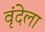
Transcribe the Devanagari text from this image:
वृंदेला